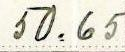
50.65